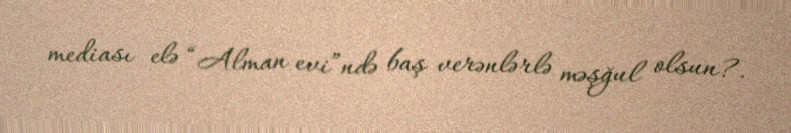
mediası elə “Alman evi”ndə baş verənlərlə məşğul olsun?.